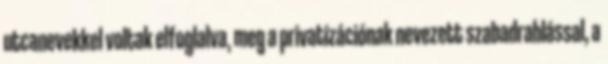
utcanevekkel voltak elfoglalva, meg a privatizációnak nevezett szabadrablással, a